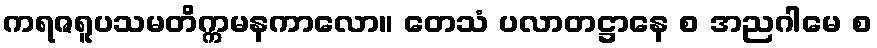
ကရဇရူပသမတိက္ကမနကာလော။ တေသံ ပလာတဋ္ဌာနေ စ အညဂါမေ စ